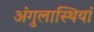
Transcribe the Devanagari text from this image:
अंगुलास्थियां